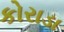
કોરાડા